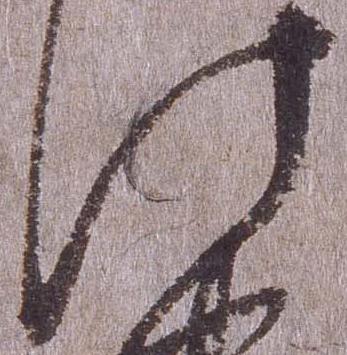
此